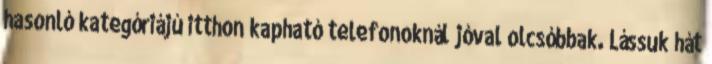
hasonló kategóriájú itthon kapható telefonoknál jóval olcsóbbak. Lássuk hát